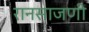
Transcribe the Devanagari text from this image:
रानसाजणी